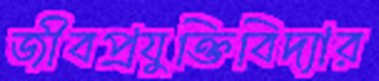
জীবপ্রযুক্তিবিদ্যার